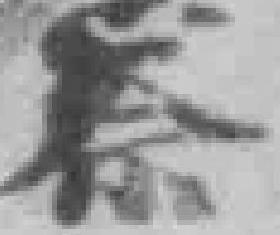
察